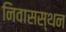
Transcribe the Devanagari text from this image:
निवासस्थन